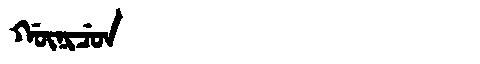
Manchu: ᡤᡡᠨᡳᠴᡠᠨ
Romanization: GŪNICUN